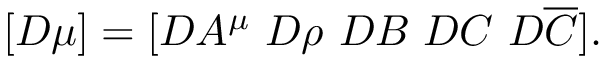
[ { \cal D } \mu ] = [ { \cal D } A ^ { \mu } ~ { \cal D } \rho ~ { \cal D } B ~ { \cal D } C ~ { \cal D } \overline { { { \cal C } } } ] .